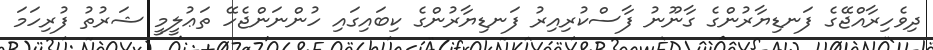
ދިވެހިރާއްޖޭގެ ފަނޑިޔާރުންގެ ގާނޫނު ފާސްކުރިއިރު ފަނޑިޔާރުންގެ ކިބައިގައި ހުންނަންޖެހޭ ތަޢުލީމީ ޝަރުތު ފުރިހަމަ